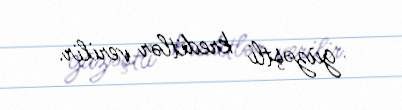
güzəştli kreditlər verilir.